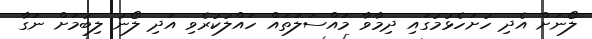
ލޯނަށް އެދި ހުށަހެޅުމުގައި ދިމާވާ މައްސަލަތައް ހައްލުކުރެވި އަދި ލޯނު ލިބުމަށް ނަގާ